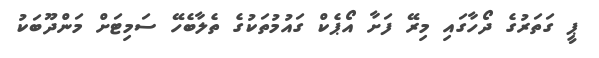
ޕީ ގަތަރުގެ ދޯހާގައި މިރޭ ފަށާ އޯޕެކް ގައުމުތަކުގެ ތެލާބެހޭ ސަމިޓަށް މަންދޫބަކު